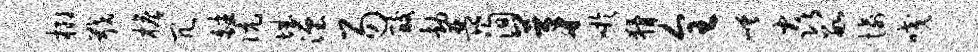
榔戢檐冗皤伉城湮易酸劫琵洵茅吁猾全嵯焱数愉咬